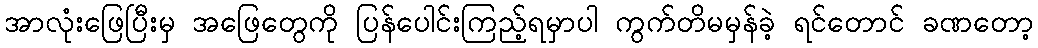
အာလုံးဖြေပြီးမှ အဖြေတွေကို ပြန်ပေါင်းကြည့်ရမှာပါ ကွက်တိမမှန်ခဲ့ ရင်တောင် ခဏတော့